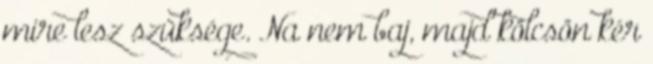
mire lesz szüksége. Na nem baj, majd kölcsön kér